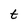
Character: t